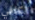
الكافي